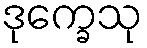
ဒုက္ခေသု